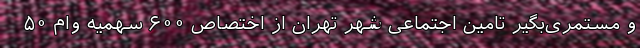
و مستمری‌بگیر تامین اجتماعی شهر تهران از اختصاص ۶۰۰ سهمیه وام ۵۰